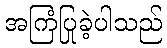
အကြံပြုခဲ့ပါသည်